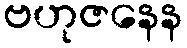
ဗဟုဇနေန